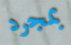
بمجرد